Annual statistical returns and brief notes on vaccination in Bengal - 1909-1929
Year: 1909
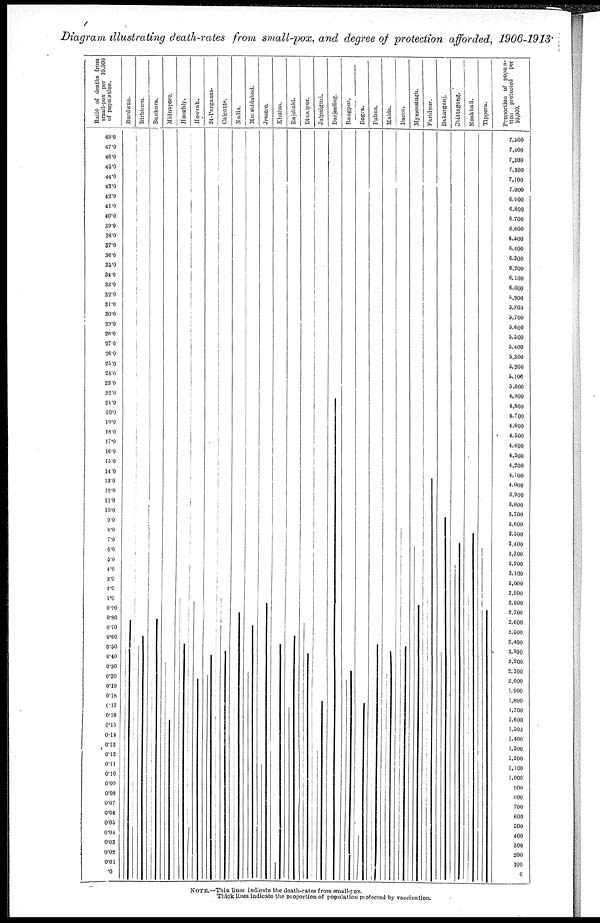
Diagram illustrating death-rates from small-pox, and degree of protection afforded, 1906-1913.
NOTE.—Thin lines indicate the death-rates from small-pox.
Thick lines indicate the proportion of population protected by vaccination.